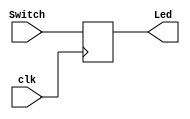
// Copyright (C) 1991-2013 Altera Corporation
// Your use of Altera Corporation's design tools, logic functions 
// and other software and tools, and its AMPP partner logic 
// functions, and any output files from any of the foregoing 
// (including device programming or simulation files), and any 
// associated documentation or information are expressly subject 
// to the terms and conditions of the Altera Program License 
// Subscription Agreement, Altera MegaCore Function License 
// Agreement, or other applicable license agreement, including, 
// without limitation, that your use is for the sole purpose of 
// programming logic devices manufactured by Altera and sold by 
// Altera or its authorized distributors.  Please refer to the 
// applicable agreement for further details.

module Led_switch_new
(
// {ALTERA_ARGS_BEGIN} DO NOT REMOVE THIS LINE!
	Switch,
	Led,
	clk,
// {ALTERA_ARGS_END} DO NOT REMOVE THIS LINE!
);

// {ALTERA_IO_BEGIN} DO NOT REMOVE THIS LINE!
input	wire Switch;
input wire  clk;
output reg  Led;
initial
begin 
     Led = 0;
end
always @(negedge clk) begin 
            Led <= Switch; // Turn on LED when switch is pressed (switch = 1)
    end
// {ALTERA_IO_END} DO NOT REMOVE THIS LINE!
// {ALTERA_MODULE_BEGIN} DO NOT REMOVE THIS LINE!
// {ALTERA_MODULE_END} DO NOT REMOVE THIS LINE!
endmodule